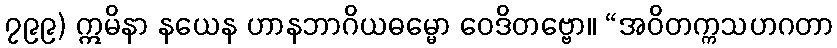
၇၉၉) ဣမိနာ နယေန ဟာနဘာဂိယဓမ္မော ဝေဒိတဗ္ဗော။ “အဝိတက္ကသဟဂတာ